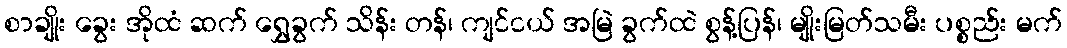
စာချိုး ခွေး အိုထံ ဆက် ရွှေခွက် သိန်း တန်၊ ကျင်ငယ် အမြဲ ခွက်ထဲ စွန့်ပြန်၊ မျိုးမြတ်သမီး ပစ္စည်း မက်